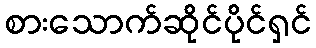
စားသောက်ဆိုင်ပိုင်ရှင်